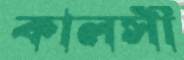
কালসী